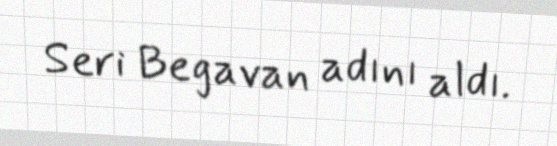
Seri Begavan adını aldı.